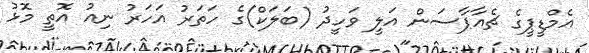
އެމްޑީޕީގެ ޗެއާޕާސަން އަލީ ވަހީދު (ބަލަކް)ގެ ހަތަރު އަހަރު ނިއު އޮތީ މޮޅު